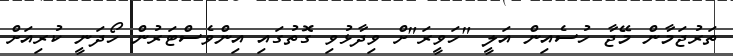
ތަރުޖަމާން މޭޖާ ހުސެއިން އަލީ "ހަވީރަ"ށް ވިދާޅުވި ގޮތުގައި އިންވެސްޓަރުން ހޯދަނީ ކުރިއަށް